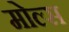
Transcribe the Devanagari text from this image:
मोल्स